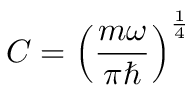
C = \left( { \frac { m \omega } { \pi \hbar } } \right) ^ { \frac { 1 } { 4 } }